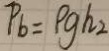
p _ { b } = \rho g h _ { 2 }